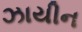
ઝાયીન